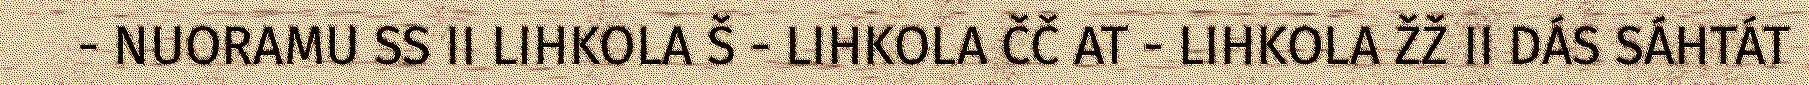
- NUORAMU SS II LIHKOLA Š - LIHKOLA ČČ AT - LIHKOLA ŽŽ II DÁS SÁHTÁT